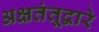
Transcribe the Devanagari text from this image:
अक्षतंतूद्वारे